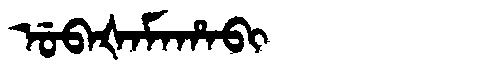
Manchu: ᡠᠪᠠᡧᠠᠮᠠᡥᠠᠪᡳ
Romanization: UBAŠAMAHABI